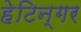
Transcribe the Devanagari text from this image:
हेटिन्गर